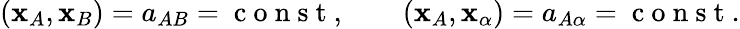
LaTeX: \begin{array}{r}{({\mathbf x}_{A},{\mathbf x}_{B})=a_{AB}=\mathrm{~c~o~n~s~t~},\qquad({\mathbf x}_{A},{\mathbf x}_{\alpha})=a_{A\alpha}=\mathrm{~c~o~n~s~t~}.}\end{array}